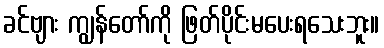
ခင်ဗျား ကျွန်တော်ကို ဖြတ်ပိုင်းမပေးရသေးဘူး။